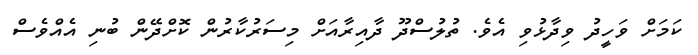
ކަމަށް ވަހީދު ވިދާޅުވި އެވެ. ތުލުސްދޫ ދާއިރާއަށް މިސަރުކާރުން ކޮށްދޭން ބުނި އެއްވެސް